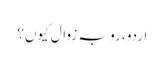
اردو، رو بہ زوال کیوں؟